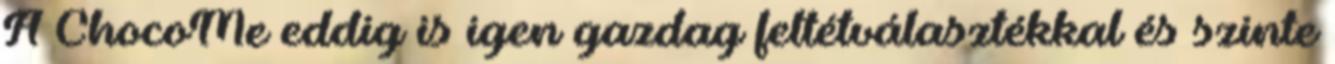
A ChocoMe eddig is igen gazdag feltétválasztékkal és szinte